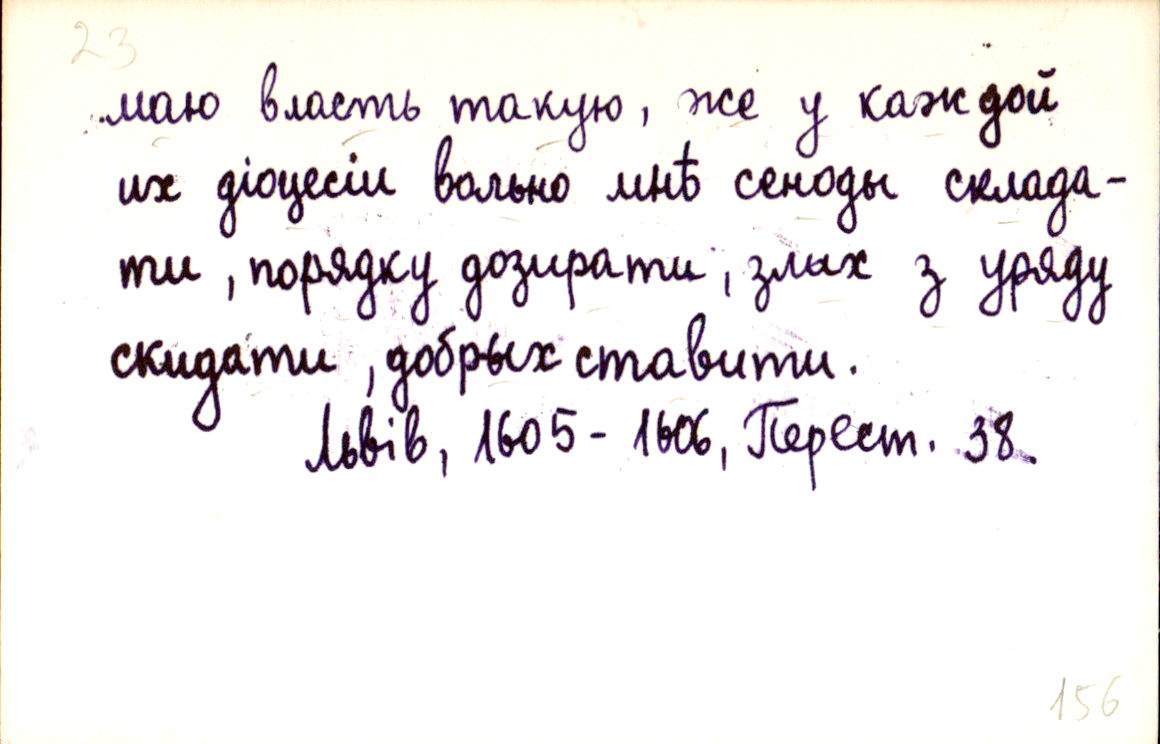
маю власть такую, же у каждой
их діоцесіи вольно мнѣ сеноды склада-
ти, порядку дозирати, злых з уряду
скидати, добрых ставити.
Львів, 1605-1606, Перест. 38.